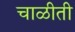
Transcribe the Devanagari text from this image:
चाळीती